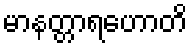
မာနတ္တာရဟောတိ